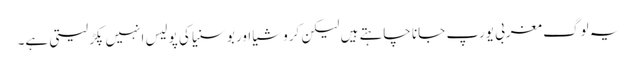
یہ لوگ مغربی یورپ جانا چاہتے ہیں لیکن کروشیا اور بوسنیا کی پولیس انہیں پکڑ لیتی ہے۔